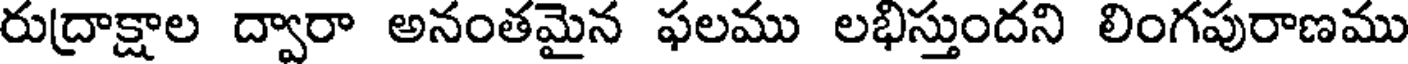
రుద్రాక్షాల ద్వారా అనంతమైన ఫలము లభిస్తుందని లింగపురాణము